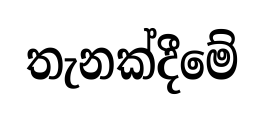
තැනක්දීමේ